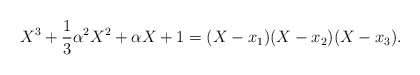
\begin{align*}X^3+\frac{1}{3}\alpha^2X^2+\alpha X+1=(X-x_1)(X-x_2)(X-x_3).\end{align*}